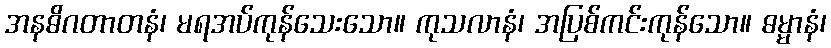
အနဓိဂတာတနံ၊ မရအပ်ကုန်သေးသော။ ကုသလာနံ၊ အပြစ်ကင်းကုန်သော။ ဓမ္မာနံ၊